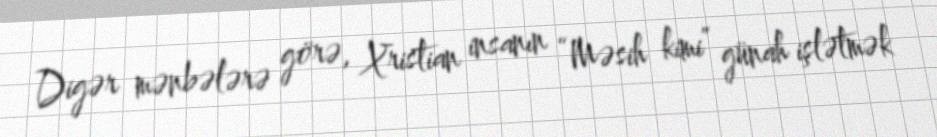
Digər mənbələrə görə, Xristian insanın “Məsih kimi” günah işlətmək